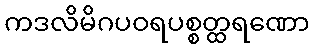
ကဒလိမိဂပဝရပစ္စတ္ထရဏော